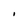
Character: I